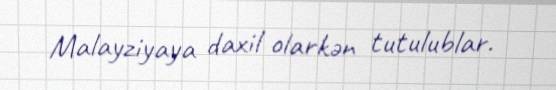
Malayziyaya daxil olarkən tutulublar.